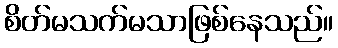
စိတ်မသက်မသာဖြစ်နေသည်။